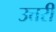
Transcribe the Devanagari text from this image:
उत्तरीं